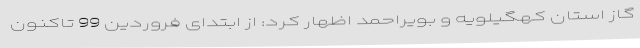
گاز استان کهگیلویه و بویراحمد اظهار کرد: از ابتدای فروردین 99 تاکنون